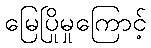
မြေပြိုမှုကြောင့်